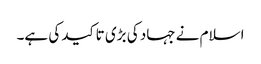
اسلام نے جہاد کی بڑی تاکید کی ہے۔